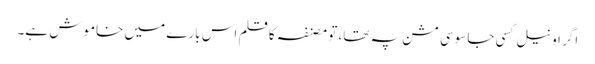
اگر اونیل کسی جاسوسی مشن پہ تھا، تو مصنفہ کا قلم اس بارے میں خاموش ہے۔